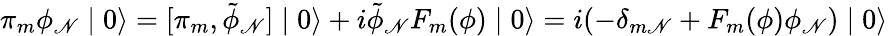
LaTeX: \pi_{m}\phi_{\mathscr{N}}\mid0\rangle=[\pi_{m},\tilde{{\phi}}_{\mathscr{N}}]\mid0\rangle+i\tilde{{\phi}}_{\mathscr{N}}F_{m}(\phi)\mid0\rangle=i(-\delta_{m\mathscr{N}}+F_{m}(\phi)\phi_{\mathscr{N}})\mid0\rangle